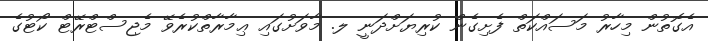
އެގޮތުން މިހާރު މަސައްކަތް ފެށިގެން ކުރިޔަށްދަނީ ލ. މާވަށުގައި ޢިމާރާތްކުރެވޭ މެޖިސްޓްރޭޓް ކޯޓުގެ